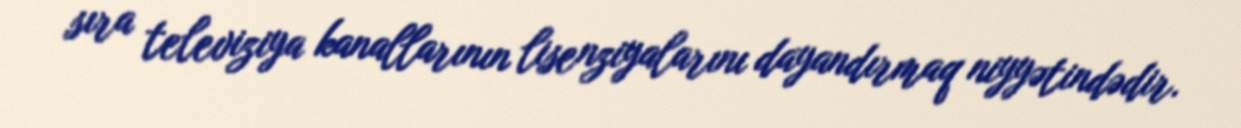
sıra televiziya kanallarının lisenziyalarını dayandırmaq niyyətindədir.